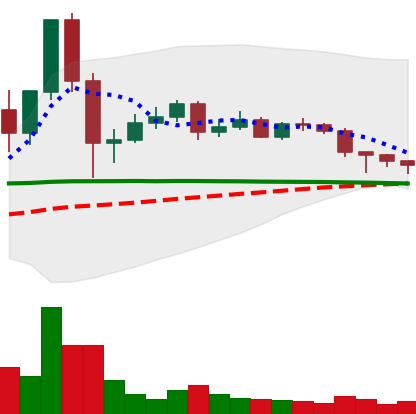
Ticker: DOGE-USD
Chart end date: 2020-12-11
Forward return: 10.945%
Label: up_7plus